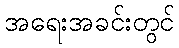
အရေးအခင်းတွင်